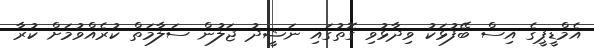
އެމްޑީޕީގެ އިސް ބޭފުޅަކު ވިދާޅުވި ގޮތުގައި ނަޝީދު ޖަލުން ސަލާމަތް ކުރެއްވުމަށް ކުރާ